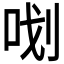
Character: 𭇞